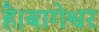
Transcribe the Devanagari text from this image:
है।बागेश्वर